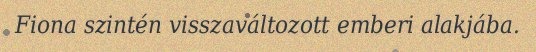
Fiona szintén visszaváltozott emberi alakjába.